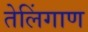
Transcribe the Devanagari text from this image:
तेलिंगाण